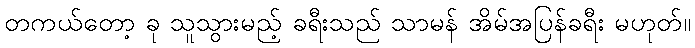
တကယ်တော့ ခု သူသွားမည့် ခရီးသည် သာမန် အိမ်အပြန်ခရီး မဟုတ်။